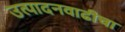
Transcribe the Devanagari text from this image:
उत्पादनवाढीचा